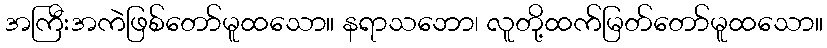
အကြီးအကဲဖြစ်တော်မူထသော။ နရာသဘော၊ လူတို့ထက်မြတ်တော်မူထသော။